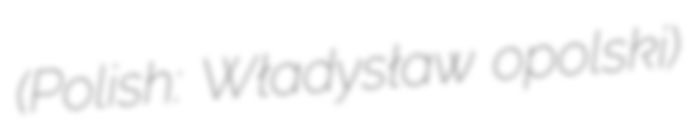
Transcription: (Polish: Władysław opolski)